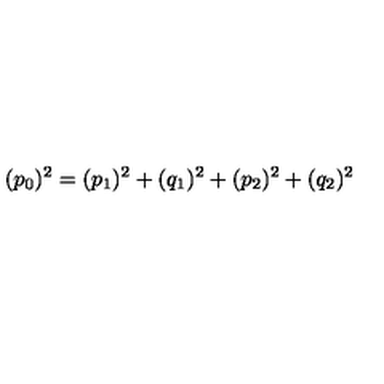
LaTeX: ( p _ { 0 } ) ^ { 2 } = ( p _ { 1 } ) ^ { 2 } + ( q _ { 1 } ) ^ { 2 } + ( p _ { 2 } ) ^ { 2 } + ( q _ { 2 } ) ^ { 2 }